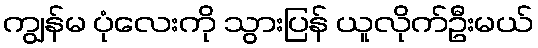
ကျွန်မ ပုံလေးကို သွားပြန် ယူလိုက်ဦးမယ်